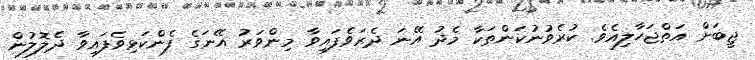
ޖީބަށް އަތްޖަހާލިއެވެ. ކުރެވުނުކަންތަކާ މެދު އޭނަ ދެރަވެފައިވާ މިންވަރު އޭނަގެ ފެންކަޅިވެފައިވާ ދެލޮލުން